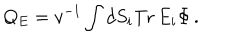
Q _ { E } = v ^ { - 1 } \int d S _ { i } \mathrm { T r } \, E _ { i } \Phi \, .